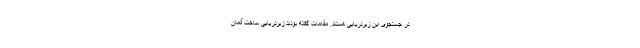
در جستجوی این زیردریایی هستند. مقامات گفته بودند زیردریایی ساخت آلمان